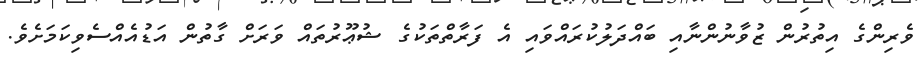
ވެރިންގެ އިތުރުން ޒުވާނުންނާއި ބައްދަލުކުރައްވައި އެ ފަރާތްތަކުގެ ޝުޢޫރުތައް ވަރަށް ގާތުން އަޑުއެއްސެވިކަމަށެވެ.